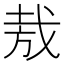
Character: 𢦷